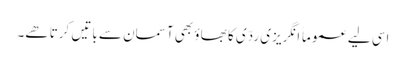
اسی لیے عموماً انگریزی ردّی کا بھاؤ بھی آسمان سے باتیں کرتا ھے۔